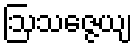
ဩသဇ္ဇေယျ